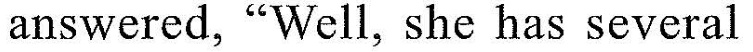
answered, "Well, she has several